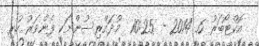
އޮކްޓޯބަރު 6